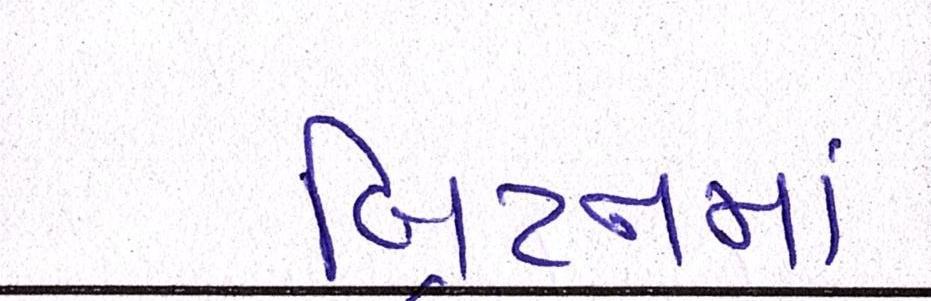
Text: બ્રિટનમાં